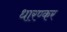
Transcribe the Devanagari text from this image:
धारण्कर